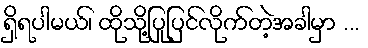
ရှိရပါမယ်၊ ထိုသို့ပြုပြင်လိုက်တဲ့အခါမှာ ...